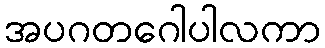
အပဂတဂေါပါလကာ